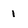
Character: i